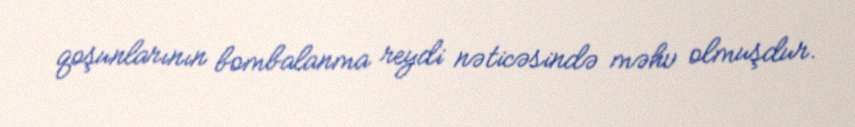
qoşunlarının bombalanma reydi nəticəsində məhv olmuşdur.